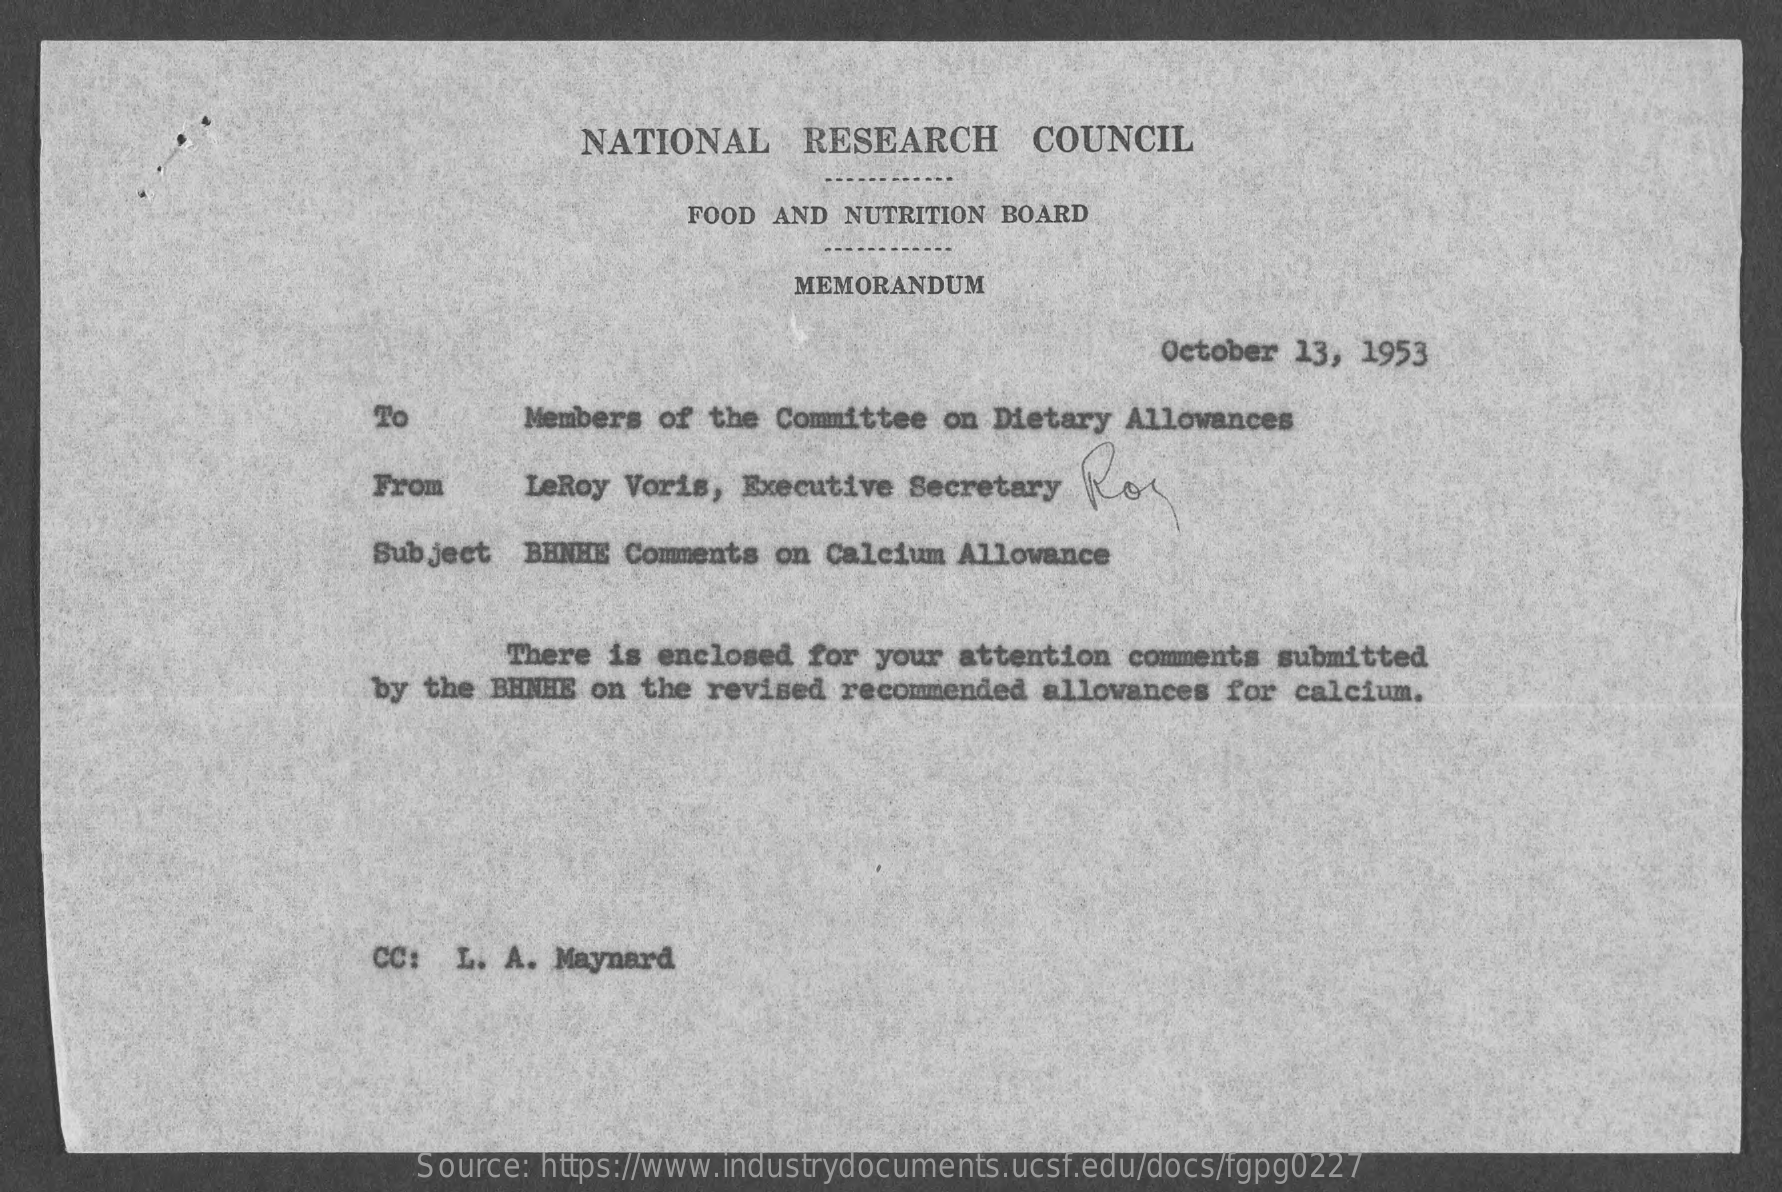
NATIONAL    RESEARCH    COUNCIL
     FOOD AND  NUTRITION BOARD
     MEMORANDUM
     October 13, 1953
     To    Members of the Committee  on Dietary Allowances
     From    LeRoy Voris, Executive  Secretary  Ko
     Subject  BHNHE Comments on Calcium  Allowance
     There is enclosed  for your attention  comments submitted
     by  the BHNHE on the revised  recommended allowances  for calcium.
     CC:  L.  A. Maynard
     Source: https://www.industrydocuments.ucsf.edu/docs/fgpg0227